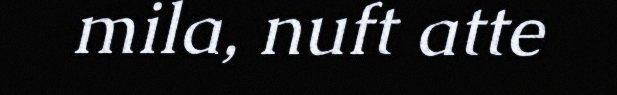
mila, nuft atte